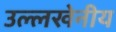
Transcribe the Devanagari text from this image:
उल्‍लखेनीय